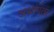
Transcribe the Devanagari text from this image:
अथांगता